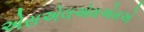
એસએલએમએમએ